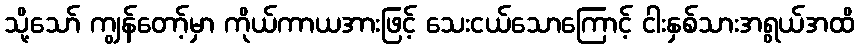
သို့သော် ကျွန်တော့်မှာ ကိုယ်ကာယအားဖြင့် သေးငယ်သောကြောင့် ငါးနှစ်သားအရွယ်အထိ